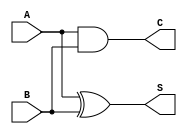
module current_mode_half_adder (
    input wire A,  // Current input representing the first binary digit
    input wire B,  // Current input representing the second binary digit
    output wire S, // Current output representing the sum
    output wire C  // Current output representing the carry
);

// Internal signals for the sum and carry
wire sum_internal;
wire carry_internal;

// XOR operation for Sum (S)
assign sum_internal = A ^ B;

// AND operation for Carry (C)
assign carry_internal = A & B;

// Assigning the outputs based on internal signals
assign S = sum_internal; // Output current for Sum
assign C = carry_internal; // Output current for Carry

endmodule